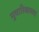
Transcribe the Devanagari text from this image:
मुथारिकाच्या